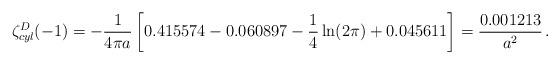
LaTeX: \begin{align*}\zeta_{cyl}^D(-1)=-\frac{1}{4\pi a}\left[0.415574-0.060897-\frac{1}{4}\ln(2\pi)+0.045611 \right]=\frac{0.001213}{a^2}\,{.}\end{align*}